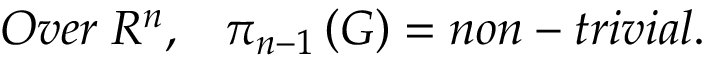
O v e r \; R ^ { n } , \; \; \; \pi _ { n - 1 } \left( G \right) = n o n - t r i v i a l .